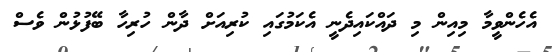
އެހެންވީމާ މިއިން މި ދައްކައިދެނީ އެކަމުގައި ކުރިއަށް ދާން ހުރިހާ ބޭފުޅުން ވެސް